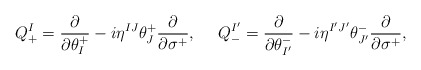
\begin{align*}Q_{+}^{I} = \frac{\partial}{\partial \theta_{I}^{+}} -i\eta^{IJ} \theta_{J}^{+}\frac{\partial}{\partial \sigma^{+}} , \ \ \ \ Q_{-}^{I'} =\frac{\partial}{\partial \theta_{I'}^{-}} - i\eta^{I' J' } \theta^{-}_{J'}\frac{\partial}{\partial \sigma^{+}} ,\end{align*}